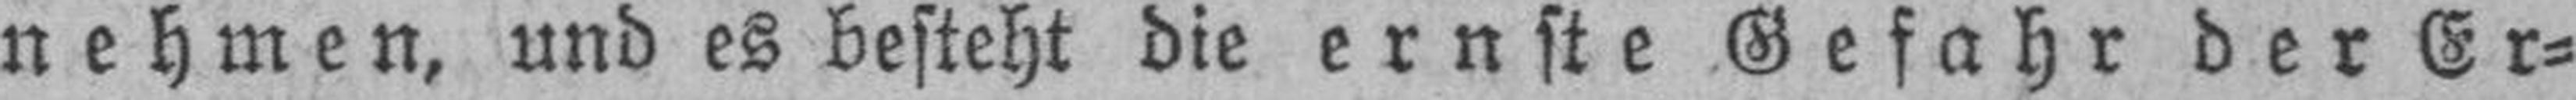
nehmen, und es besteht die ernste Gefahr der Er¬